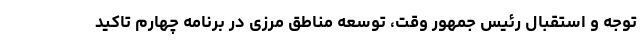
توجه و استقبال رئیس جمهور وقت، توسعه مناطق مرزی در برنامه چهارم تاکید